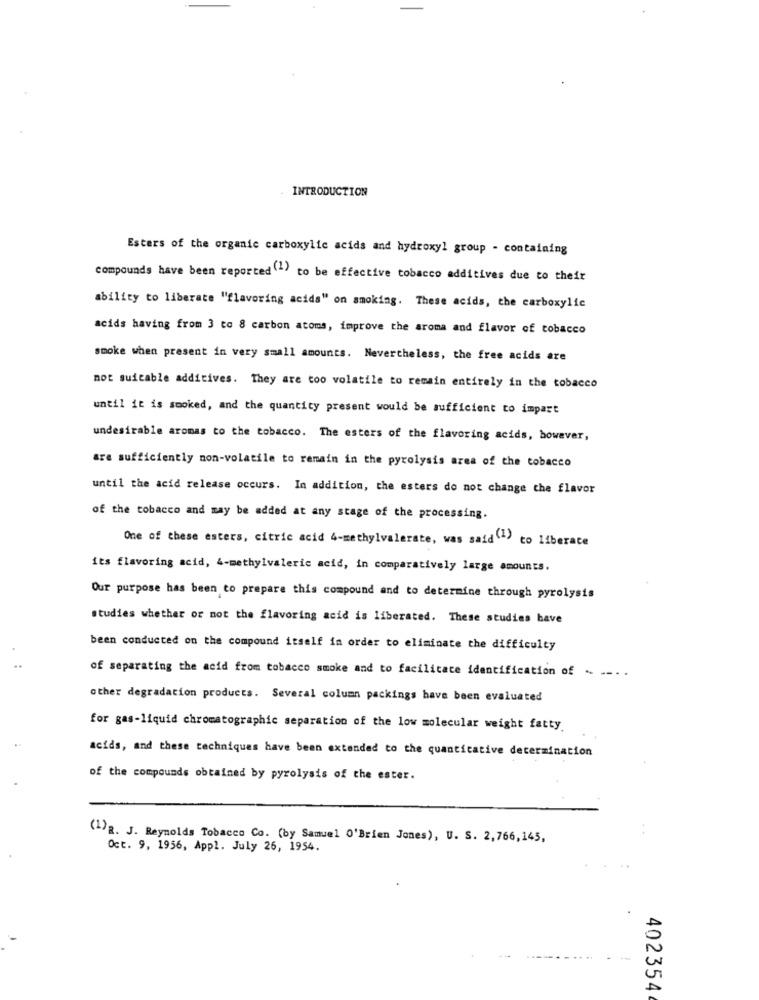
INTRODUCTION
Esters of the organic carboxylic acids and hydroxyl group - containing
compounds have been reported (1) to be effective tobacco additives due to their
ability to liberate "flavoring acida" on smoking. These acids, the carboxylic
acids having from 3 to 8 carbon atoms, improve the aroma and flavor of tobacco
smoke when present in very small amounts. Nevertheless, the free acids are
not suitable additives. They are too volatile to remain entirely in the tobacco
until it is smoked, and the quantity present would be sufficient to impart
undesirable aromas to the tobacco. The esters of the flavoring acids, however,
are sufficiently non-volatile to remain in the pyrolysis area of the tobacco
until the acid release occurs. In addition, the esters do not change the flavor
of the tobacco and may be added at any stage of the processing.
One of these esters, citric acid 4-methylvalerate, was said"> to liberate
its flavoring acid, 4-methylvaleric acid, in comparatively large amounts.
Our purpose has been to prepare this compound and to determine through pyrolysis
studies whether or not the flavoring acid is liberated. These studies have
been conducted on the compound itself in order to eliminate the difficulty
of separating the acid from tobacco smoke and to facilitate identification of .
other degradation products. Several column packings have been evaluated
for gas-liquid chromatographic separation of the low molecular weight fatty.
acids, and these techniques have been extended to the quanticative determination
of the compounds obtained by pyrolysis of the ester.
(1)R. J. Reynolds Tobacco Co. (by Samuel O'Brien Jones), U. S. 2,766,145,
Oct. 9, 1956, Appl. July 26, 1954.
402354